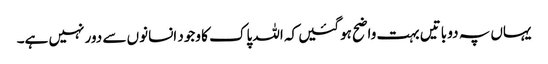
یہاں پہ دو باتیں بہت واضح ہوگئیں کہ اللہ پاک کا وجود انسانوں سے دور نہیں ہے۔